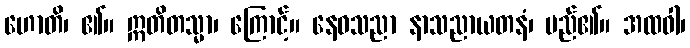
ဟောတိ၊ ၏။ ဣတိတသ္မာ၊ ကြောင့်။ နေဝသညာ နာသညာယတနံ၊ မည်၏။ အထဝါ၊